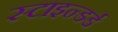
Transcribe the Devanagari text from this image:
स्टाइन्डर्ड